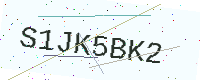
Text: S1JK5BK2